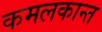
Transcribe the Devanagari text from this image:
कमलकान्‍त